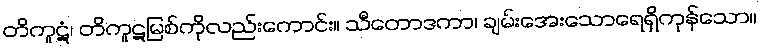
တိကူဋံ၊ တိကူဋမြစ်ကိုလည်းကောင်း။ သီတောဒကာ၊ ချမ်းအေးသောရေရှိကုန်သော။